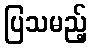
ပြသမည့်